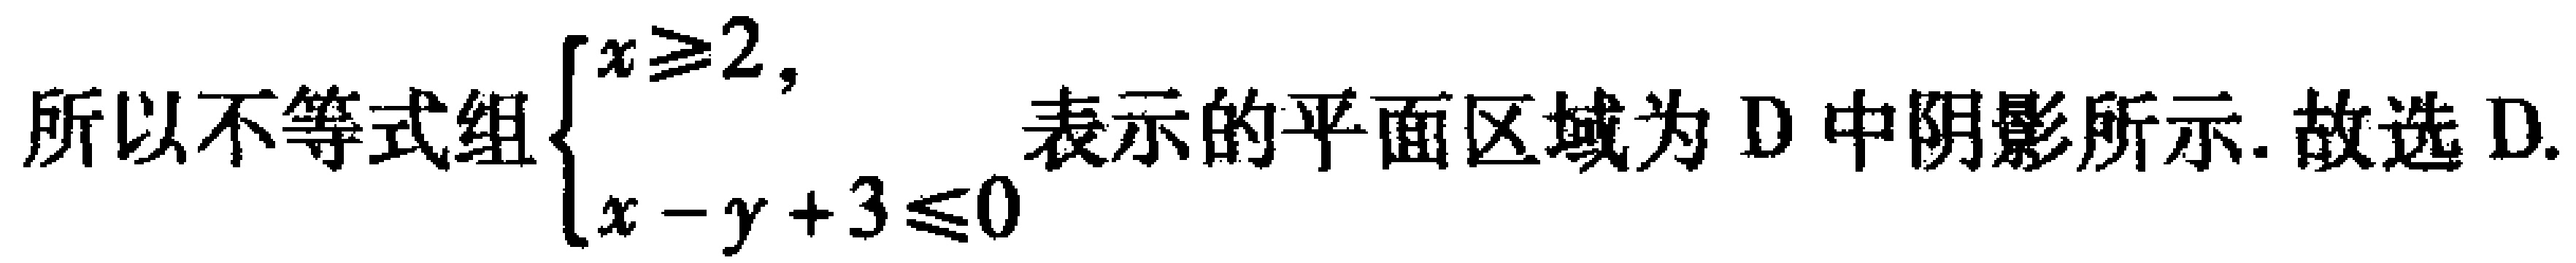
所以不等式组\(\begin{cases}

x\geqslant2,\\

x - y + 3\leqslant0

\end{cases}\)表示的平面区域为 D 中阴影所示. 故选 D.